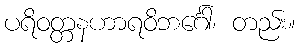
ပရိဝတ္တနဟာရဝိဘင်္ဂေါ၊ တည်း။